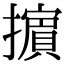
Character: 𢷤